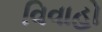
વિવાહો